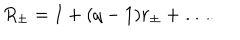
LaTeX: R _ { \pm } = I + ( q - 1 ) r _ { \pm } + \dots .